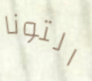
التونا